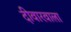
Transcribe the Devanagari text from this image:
दीवारवाला